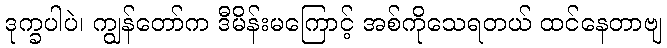
ဒုက္ခပါပဲ၊ ကျွန်တော်က ဒီမိန်းမကြောင့် အစ်ကိုသေရတယ် ထင်နေတာဗျ